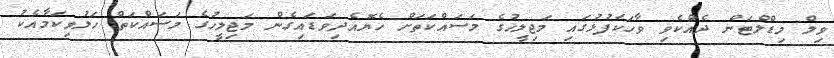
ވިލް މިޑްލްޓަން ދެއްކެވި ވާހަކަފުޅުގައި މަޖިލީހުގެ މަސައްކަތަށް ހެޔޮއެދިވަޑައިގެން މަޖިލީހުގެ މަސައްކަތް ހަލުވިކަމާއެކު